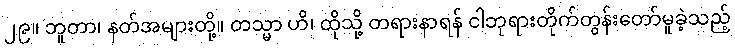
၂၉။ ဘူတာ၊ နတ်အများတို့။ တသ္မာ ဟိ၊ ထိုသို့ တရားနာရန် ငါဘုရားတိုက်တွန်းတော်မူခဲ့သည့်